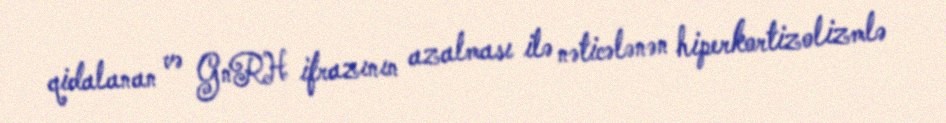
qidalanan və GnRH ifrazının azalması ilə nəticələnən hiperkortizolizmlə